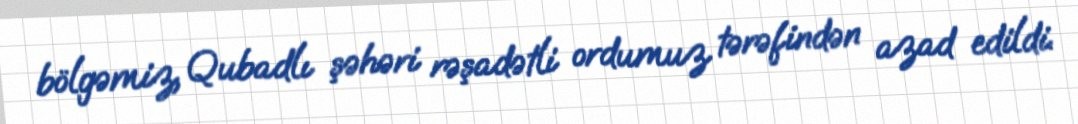
bölgəmiz, Qubadlı şəhəri rəşadətli ordumuz tərəfindən azad edildi.